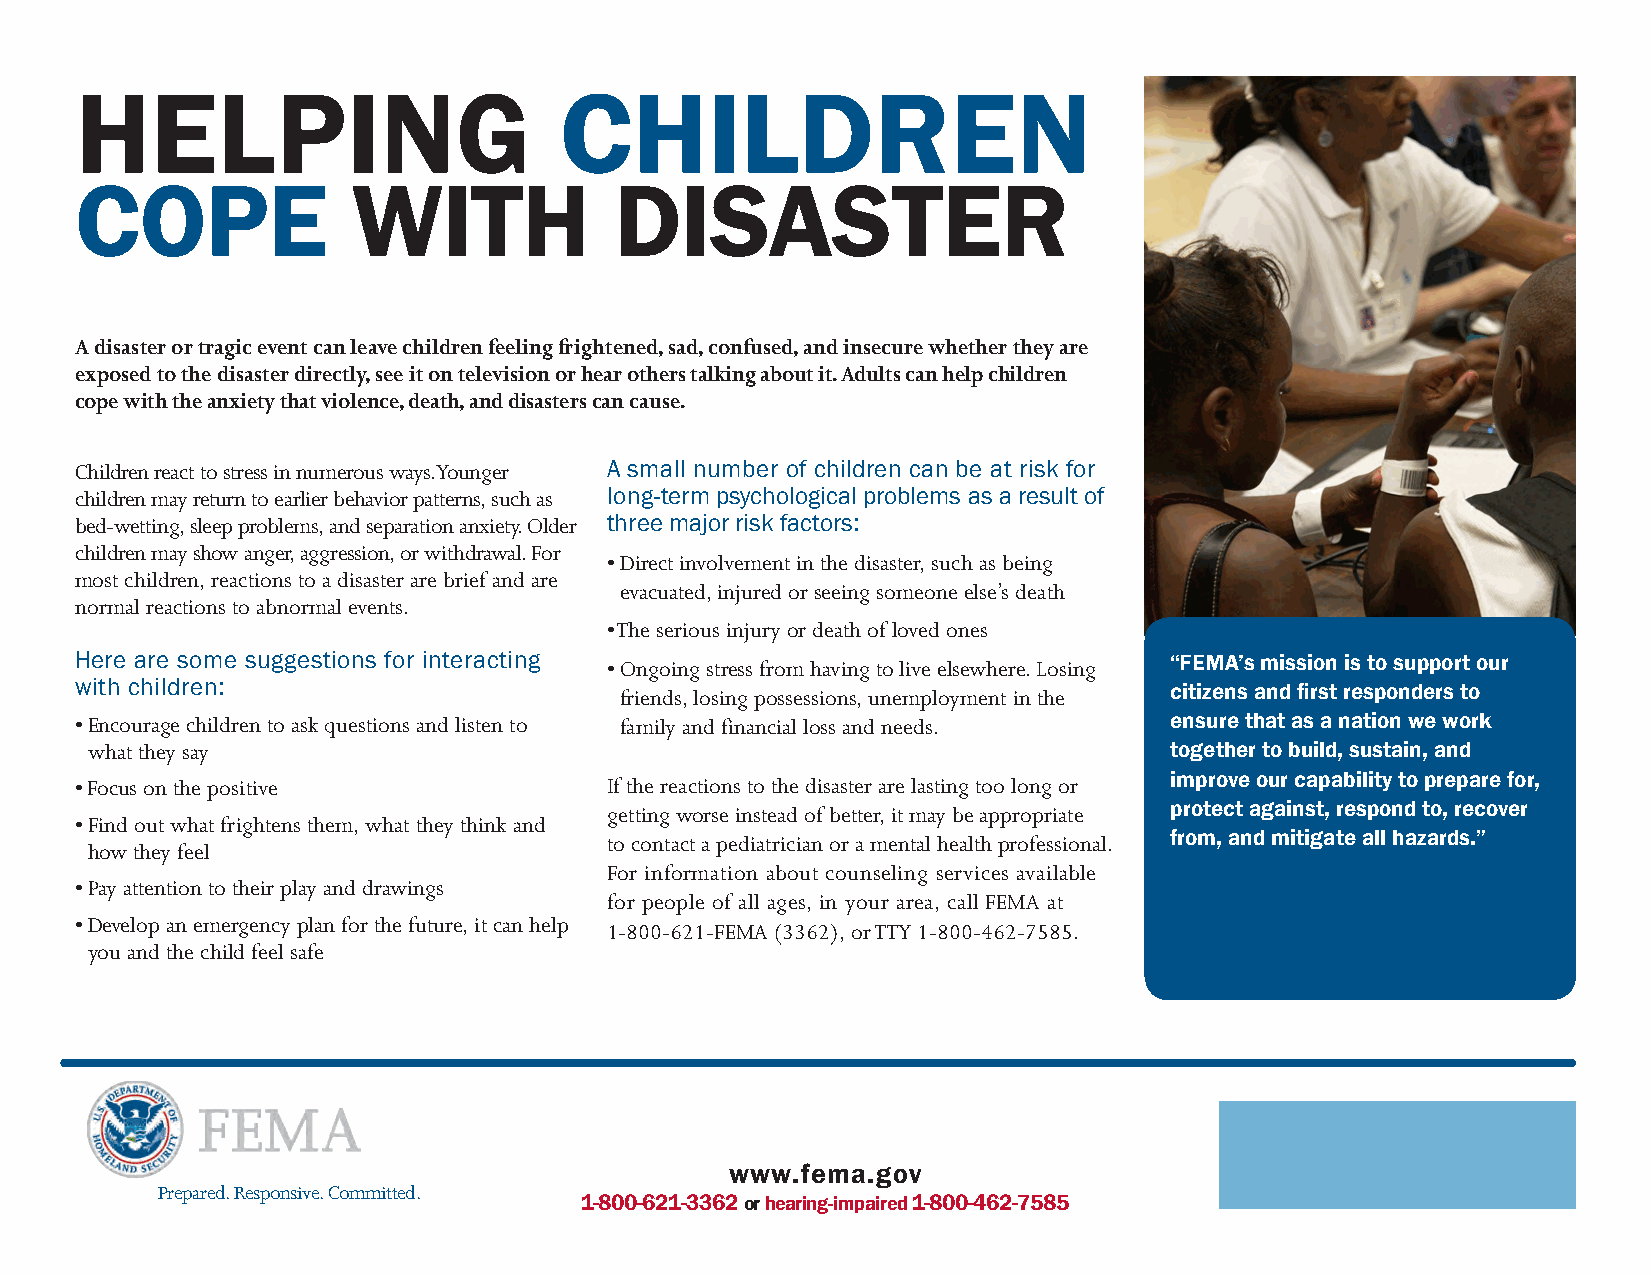
HELPING                         CHILDREN
 COPE              WITH              DISASTER
 A disaster or tragic event can leave children feeling frightened, sad, confused, and insecure whether they are
 exposed to the disaster directly, see it on television or hear others talking about it. Adults can help children
 cope with the anxiety that violence, death, and disasters can cause.
 Children react to stress in numerous ways. Younger A small number of children can be at risk for
 children may return to earlier behavior patterns, such as long-term psychological problems as a result of
 bed-wetting, sleep problems, and separation anxiety. Older three major risk factors:
 children may show anger, aggression, or withdrawal. For
 • Direct involvement in the disaster, such as being
 most children, reactions to a disaster are brief and are
 evacuated, injured or seeing someone else’s death
 normal reactions to abnormal events.
 • The serious injury or death of loved ones
 Here are some suggestions for interacting • Ongoing stress from having to live elsewhere. Losing “FEMA’s mission is to support our
 with children:                      friends, losing possessions, unemployment in the citizens and first responders to
 • Encourage children to ask questions and listen to family and financial loss and needs. ensure that as a nation we work
 what they say                                                          together to build, sustain, and
 • Focus on the positive            If the reactions to the disaster are lasting too long or improve our capability to prepare for,
 getting worse instead of better, it may be appropriate protect against, respond to, recover
 • Find out what frightens them, what they think and
 to contact a pediatrician or a mental health professional. from, and mitigate all hazards.”
 how they feel
 For information about counseling services available
 • Pay attention to their play and drawings
 for people of all ages, in your area, call FEMA at
 • Develop an emergency plan for the future, it can help
 1-800-621-FEMA (3362), or TTY 1-800-462-7585.
 you and the child feel safe
 www.fema.gov
 Prepared. Responsive. Committed.
 1-800-621-3362 or hearing-impaired 1-800-462-7585